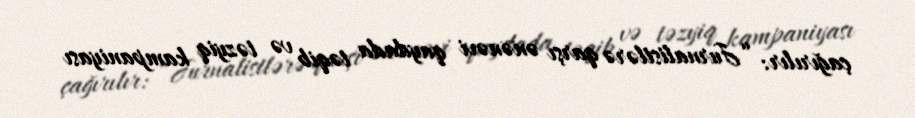
çağırılır: “Jurnalistlərə qarşı ənənəvi qaydada təqib və təzyiq kampaniyası